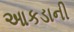
આકડાની